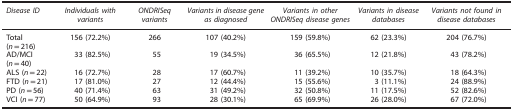
<table><thead><tr><td><b><i>Disease ID</i></b></td><td><b><i>Individuals with variants</i></b></td><td><b><i>ONDRISeq variants</i></b></td><td><b><i>Variants in disease gene as diagnosed</i></b></td><td><b><i>Variants in other ONDRISeq disease genes</i></b></td><td><b><i>Variants in disease databases</i></b></td><td><b><i>Variants not found in disease databases</i></b></td></tr></thead><tbody><tr><td>Total (<i>n</i>=216)</td><td>156 (72.2%)</td><td>266</td><td>107 (40.2%)</td><td>159 (59.8%)</td><td>62 (23.3%)</td><td>204 (76.7%)</td></tr><tr><td>AD/MCI (<i>n</i>=40)</td><td>33 (82.5%)</td><td>55</td><td>19 (34.5%)</td><td>36 (65.5%)</td><td>12 (21.8%)</td><td>43 (78.2%)</td></tr><tr><td>ALS (<i>n</i>=22)</td><td>16 (72.7%)</td><td>28</td><td>17 (60.7%)</td><td>11 (39.2%)</td><td>10 (35.7%)</td><td>18 (64.3%)</td></tr><tr><td>FTD (<i>n</i>=21)</td><td>17 (81.0%)</td><td>27</td><td>12 (44.4%)</td><td>15 (55.6%)</td><td>3 (11.1%)</td><td>24 (88.9%)</td></tr><tr><td>PD (<i>n</i>=56)</td><td>40 (71.4%)</td><td>63</td><td>31 (49.2%)</td><td>32 (50.8%)</td><td>11 (17.5%)</td><td>52 (82.6%)</td></tr><tr><td>VCI (<i>n</i>=77)</td><td>50 (64.9%)</td><td>93</td><td>28 (30.1%)</td><td>65 (69.9%)</td><td>26 (28.0%)</td><td>67 (72.0%)</td></tr></tbody></table>